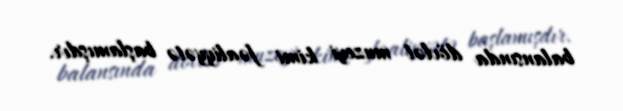
balansında dövlət muzeyi kimi fəaliyyətə başlamışdır.